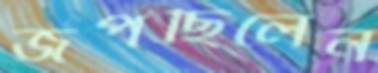
জপছিলেন